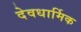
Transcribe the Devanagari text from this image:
देवधार्मिक